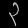
Digit: ၃